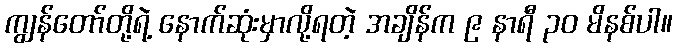
ကျွန်တော်တို့ရဲ့ နောက်ဆုံးမှာလို့ရတဲ့ အချိန်က ၉ နာရီ ၃၀ မိနစ်ပါ။